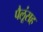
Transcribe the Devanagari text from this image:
पैलूंसह